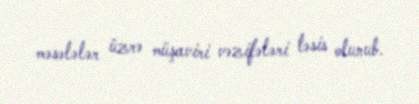
məsələlər üzrə müşaviri vəzifələri təsis olunub.